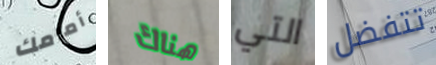
أمامك هناك التي تتفضل